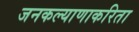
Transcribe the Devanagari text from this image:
जनकल्याणाकरिता